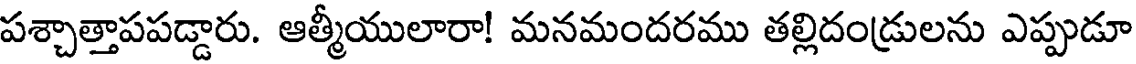
పశ్చాత్తాపపడ్డారు. ఆత్మీయులారా! మనమందరము తల్లిదండ్రులను ఎప్పుడూ